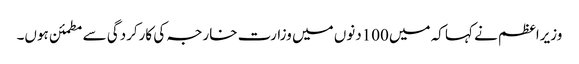
وزیراعظم نے کہا کہ میں100دنوں میں وزارت خارجہ کی کارکردگی سے مطمئن ہوں۔